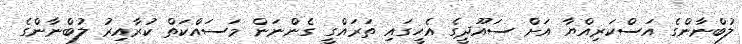
ލުބްނާންގެ އަސްކަރިއްޔާ އަށް ސައޫދީގެ އެހީގައި ތަރައްގީ ގެންނަން މަސައްކަތް ކުރާއިރު ލުބްނާންގެ